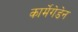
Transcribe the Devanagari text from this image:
कार्मेगेडेन